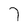
Character: 7